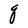
Character: q